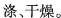
涤、干燥。